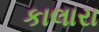
કાલારા